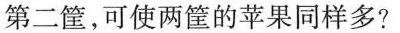
第二筐，可使两筐的苹果同样多?